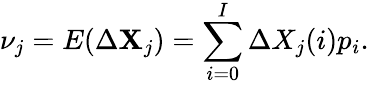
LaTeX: \nu_{j}=E(\Delta\mathbf{X}_{j})=\sum_{i=0}^{I}\Delta X_{j}(i)p_{i}.